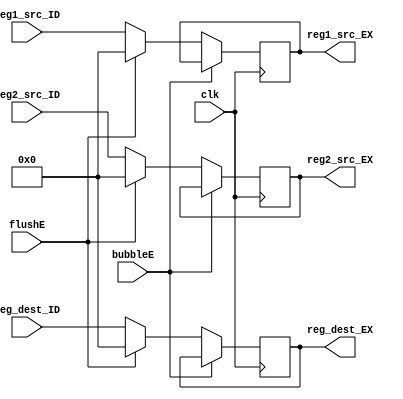
`timescale 1ns / 1ps
//  
    // ID\EX
// 
    // clk               
    // reg1_src_ID       ID1
    // reg2_src_ID       ID2
    // reg_dest_ID       ID
    // bubbleE           EXbubble
    // flushE            EXflush
// 
    // reg1_src_EX       1
    // reg2_src_EX       2
    // reg_dest_EX       
//   
    // 

module Addr_EX(
    input wire clk, bubbleE, flushE,
    input wire [4:0] reg1_src_ID, reg2_src_ID, reg_dest_ID,
    output reg [4:0] reg1_src_EX, reg2_src_EX, reg_dest_EX
    );

    initial 
    begin
        reg1_src_EX = 0;
        reg2_src_EX = 0;
        reg_dest_EX = 0;
    end
    
    always@(posedge clk)
        if (!bubbleE) 
        begin
            if (flushE)
            begin
                reg1_src_EX <= 0;
                reg2_src_EX <= 0;
                reg_dest_EX <= 0;
            end
            else
            begin
                reg1_src_EX <= reg1_src_ID;
                reg2_src_EX <= reg2_src_ID;
                reg_dest_EX <= reg_dest_ID;
            end
        end
    
endmodule